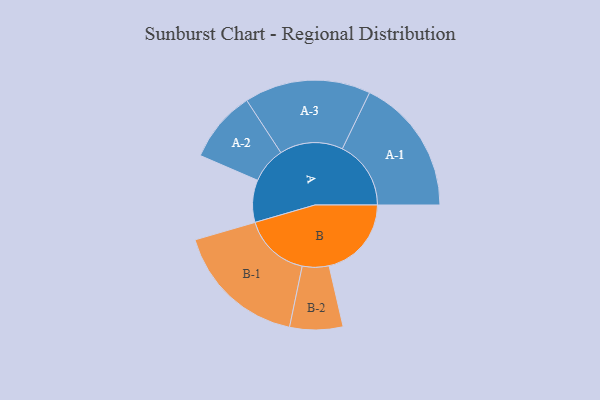
{"axis": {"x": "Segment", "y": "Value"}, "legend": ["", "A", "B"], "data": [{"x": "A", "y": 172, "type": ""}, {"x": "B", "y": 335, "type": ""}, {"x": "A-1", "y": 279, "type": "A"}, {"x": "A-2", "y": 146, "type": "A"}, {"x": "A-3", "y": 257, "type": "A"}, {"x": "B-1", "y": 270, "type": "B"}, {"x": "B-2", "y": 108, "type": "B"}]}